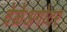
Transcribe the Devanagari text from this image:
वेळेअगोदर